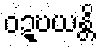
ဝဍ္ဎယန္တိ